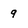
Character: 9